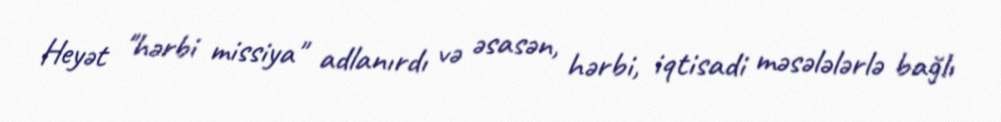
Heyət "hərbi missiya" adlanırdı və əsasən, hərbi, iqtisadi məsələlərlə bağlı